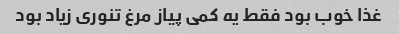
غذا خوب بود فقط یه کمی پیاز مرغ تنوری زیاد بود